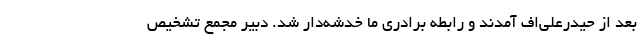
بعد از حیدرعلی‌اف آمدند و رابطه برادری ما خدشه‌دار شد. دبیر مجمع تشخیص